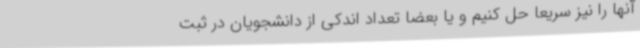
آنها را نیز سریعا حل کنیم و یا بعضا تعداد اندکی از دانشجویان در ثبت